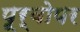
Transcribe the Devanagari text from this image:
पूर्वोपर